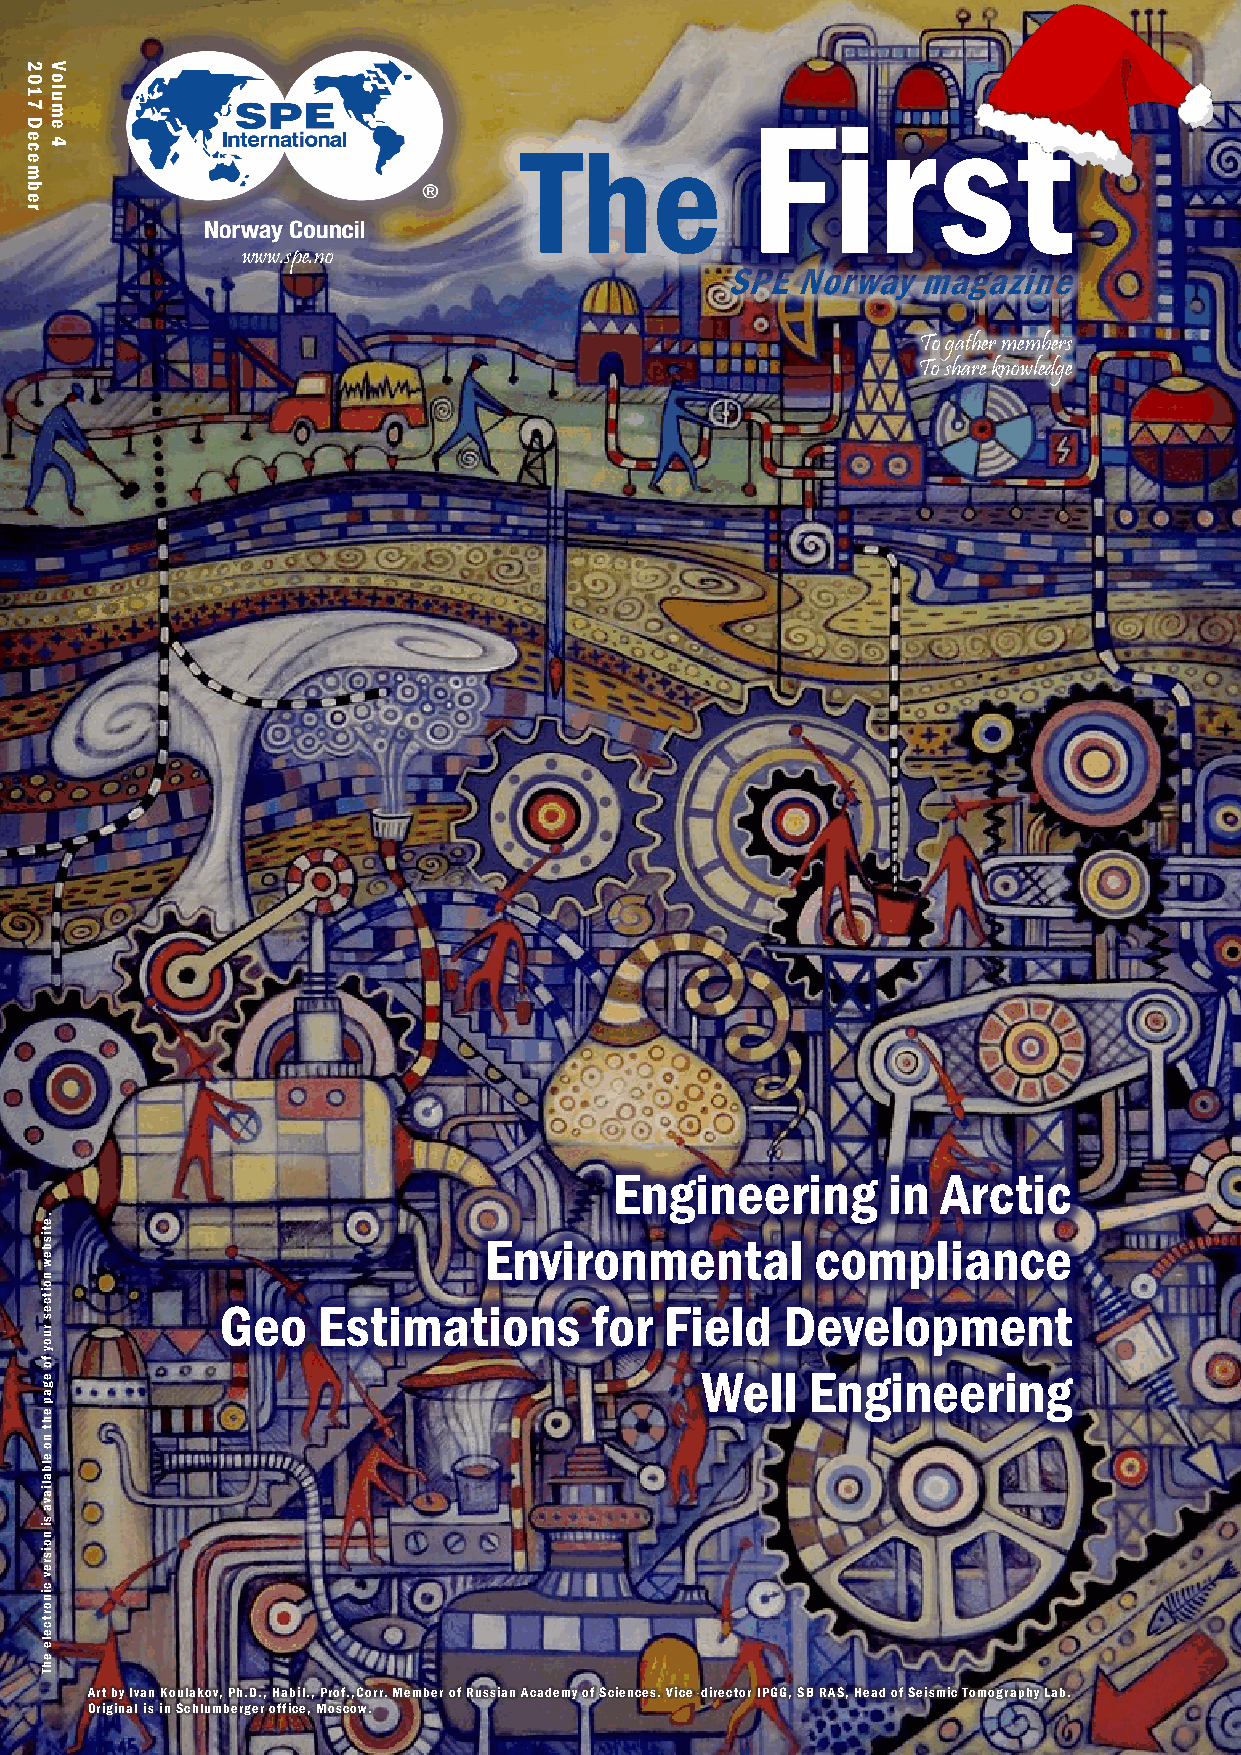
Volume 4 2017 December
 First
 The
 www.spe.no
 SPE  Norway  magazine
 To gather members
 To share knowledge
 Engineering       in Arctic
 Environmental         compliance
 Geo   Estimations       for  Field   Development
 Well   Engineering
 Art by Ivan Koulakov, Ph.D., Habil., Prof.,Corr. Member of Russian Academy of Sciences. Vice-director IPGG, SB RAS, Head of Seismic Tomography Lab.
 Original is in Schlumberger office, Moscow.
 2017
 December
 .etisbew
 noitces
 ruoy
 fo
 egap
 eht
 no
 elbaliava
 si
 noisrev
 cinortcele
 ehT
 Volume
 4